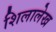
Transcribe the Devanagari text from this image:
शिलालेख